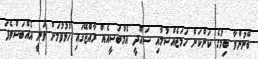
ބޭނުންވާ ބިމުގެ ކަންކަން ހަމަޖެއްސުމާއި ސައޫދީ އެމްބަސީއެއް ރާއްޖޭގައި ހުޅުވުމަށް ވަނީ އެއްބަސްވެފަ